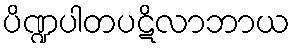
ပိဏ္ဍပါတပဋိလာဘာယ